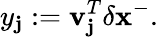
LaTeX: y_{\mathbf{j}}:=\mathbf{{v}}_{\mathbf{j}}^{T}\delta\mathbf{{x}}^{-}.